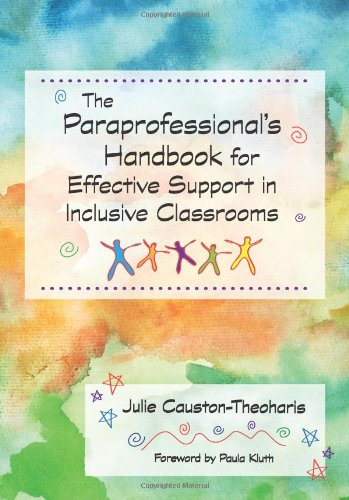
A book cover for The Paraprofessional's Handbook for Effective Support in Inclusive Classrooms; Julie Causton-Theoharis Ph.D.; Education & Teaching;